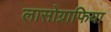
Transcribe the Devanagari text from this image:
लासोग्राफिया